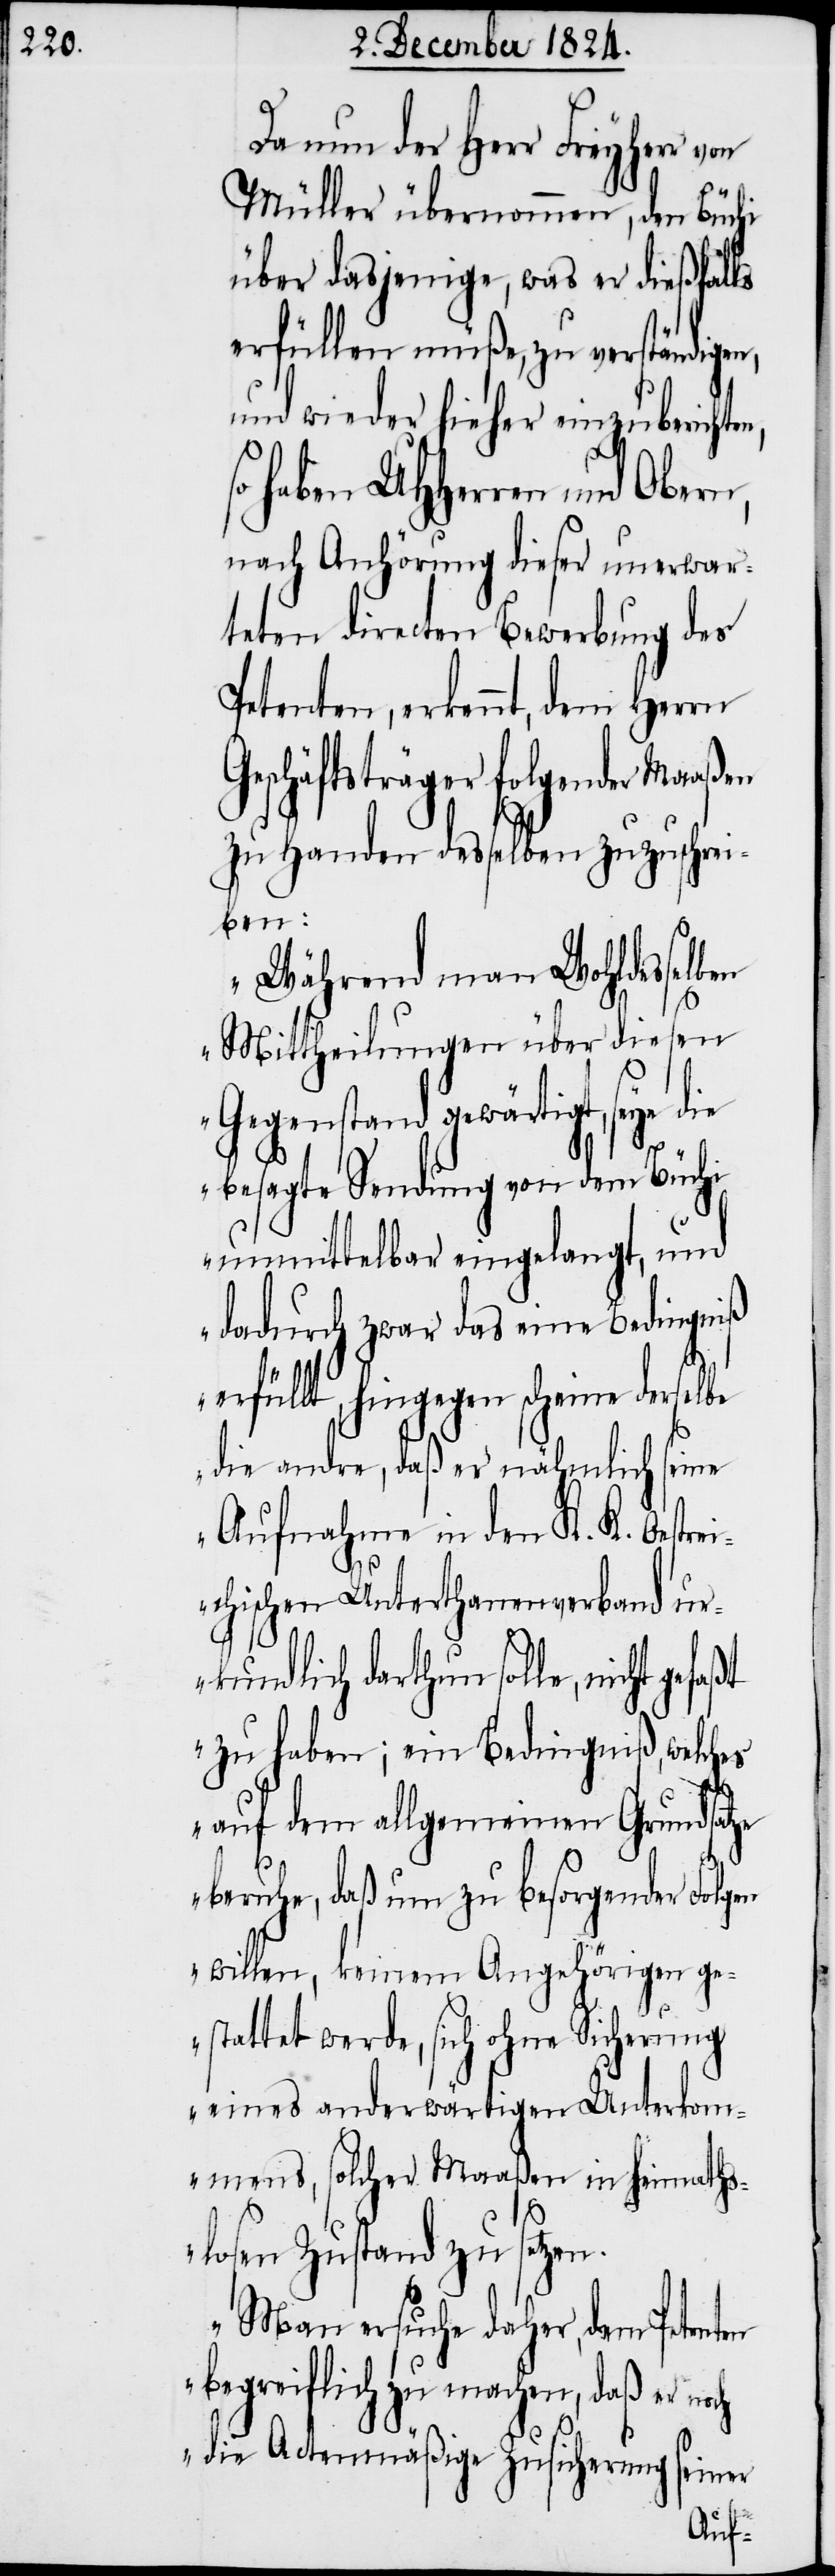
Da nun der Herr Freyherr
Müller übernommen, den Büchi
über dasjenige, was der dießfalls
erfüllen müße, zu verständigen,
und wieder hieher einzubericht¬
haben UHHerren und Obern,
nach Anhörung dieser unerwar¬
teten directen Bewerbung des
Petenten, erkennt, dem Herrn
Geschäftsträger folgender Maaßen
zu Handen desselben zuzuschrei¬
ben:
„Während man Wohldesselben
Mittheilungen über diesen
Gegenstand gewärtigt, seye
besagte Sendung von dem Büchi
unmittelbar eingelangt, und
dadurch zwar das eine Bedingniß
erfüllt, hingegen scheine derselbe
die andre, daß er nämlich seine
Aufnahme in den K. K. Oestrei¬
chischen Unterthanenverband ur¬
kundlich darthun solle, nicht
zu haben; ein Bedingniß, welches
auf dem allgemeinen Grundsatze
beruhe, daß um zu besorgender Folgen
willen, keinem Angehörigen ge¬
stattet werde, sich ohne Sicherung
eines anderwärtigen Unterkom¬
mens, solcher Maaßen in heimaths¬
losen Zustand zu setzen.
Man ersuche daher, dem Petenten
begreiflich zu machen, daß er
die Actenmäßige Zusicherung seiner